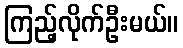
ကြည့်လိုက်ဦးမယ်။